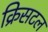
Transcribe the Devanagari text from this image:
क्रिसटल